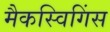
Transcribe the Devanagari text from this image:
मैकस्विगिंस